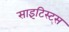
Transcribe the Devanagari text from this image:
साइंटिस्ट्स